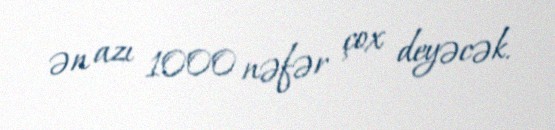
ən azı 1000 nəfər çox deyəcək.